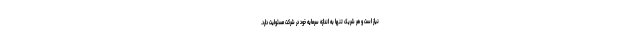
نیاز است و هر شریک تنها به اندازه سرمایه خود در شرکت مسئولیت دارد.